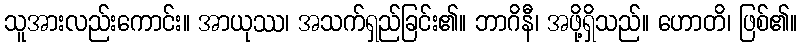
သူအားလည်းကောင်း။ အာယုဿ၊ အသက်ရှည်ခြင်း၏။ ဘာဂိနီ၊ အဖို့ရှိသည်။ ဟောတိ၊ ဖြစ်၏။